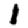
Digit: 1